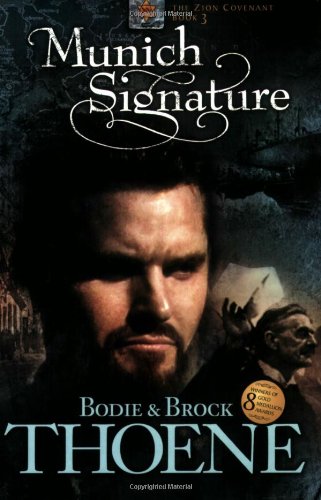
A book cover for Munich Signature (Zion Covenant); Bodie Thoene; Religion & Spirituality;